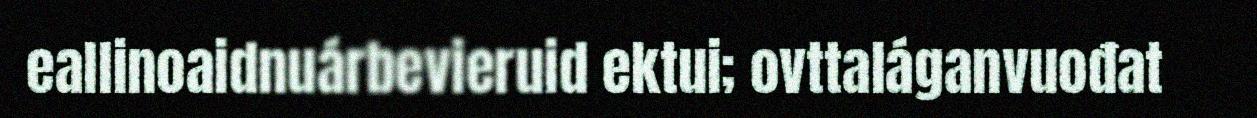
eallinoaidnuárbevieruid ektui; ovttaláganvuođat